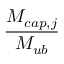
\displaystyle \frac { M _ { c a p , j } } { M _ { u b } }